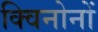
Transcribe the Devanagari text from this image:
क्विनोनों